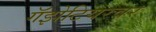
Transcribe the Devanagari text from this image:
गॅझेटियरवर